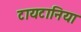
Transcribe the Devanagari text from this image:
टायटानिया